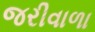
જરીવાળા